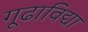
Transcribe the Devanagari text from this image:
गूढाविद्या